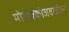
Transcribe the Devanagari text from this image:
मोरोक्कोजवळील